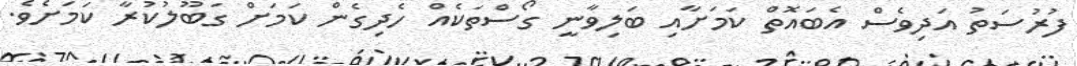
ފުރުސަތު އަދިވެސް އެބައޮތް ކަމަށާއި ބަލިވާނީ ގޯސްތަކެއް ހެދިގެން ކަމަށް ގަބޫލުކުރާ ކަމަށެވެ.